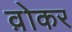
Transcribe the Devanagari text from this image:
व़ोकर